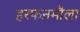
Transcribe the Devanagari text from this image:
हरफऩमौला